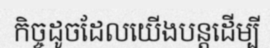
កិច្ចដូចដែលយើងបន្តដើម្បី